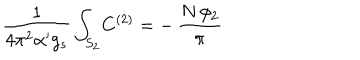
\frac { 1 } { 4 \pi ^ { 2 } \alpha ^ { \prime } g _ { s } } \int _ { S _ { 2 } } \! C ^ { ( 2 ) } = - \, \frac { N \, \phi _ { 2 } } { \pi }